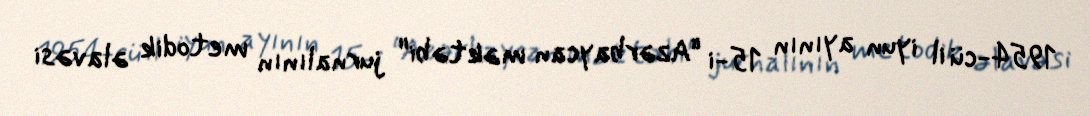
1954-cü il iyun ayının 15-i "Azərbaycan məktəbi" jurnalının metodik əlavəsi